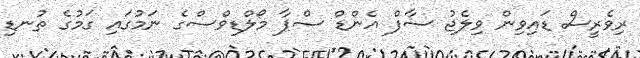
ރިވެރީސް ޑައިވިން ވިލެޖު ސާފް އެންޑް ސްޕާ މޯލްޑިވްސްގެ ނަމުގައި ގަމުގެ ތުނޑި